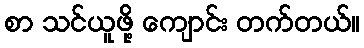
စာ သင်ယူဖို့ ကျောင်း တက်တယ်။